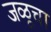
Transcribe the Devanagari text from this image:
जळूचा